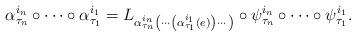
LaTeX: \begin{align*}\alpha_{\tau_{n}}^{i_{n}}\circ \cdots \circ \alpha_{\tau_{1}}^{i_{1}}=L_{\alpha_{\tau_{n}}^{i_{n}}\left( \cdots \left( \alpha_{\tau_{1}}^{i_{1}}(e)\right) \cdots \right) }\circ \psi_{\tau_{n}}^{i_{n}}\circ \cdots \circ\psi_{\tau_{1}}^{i_{1}}.\end{align*}